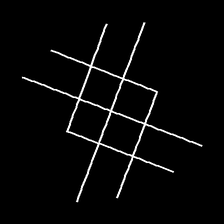
Glyph: crystal